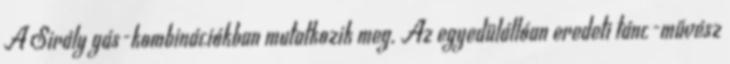
A Sirály gás-kombinációkban mutatkozik meg. Az egyedülállóan eredeti tánc-művész